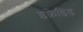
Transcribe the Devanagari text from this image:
इंफ्रेडिड